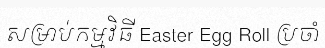
សម្រាប់កម្មវិធី Easter Egg Roll ប្រចាំ